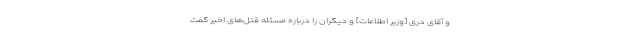
و آقاى درى [وزیر اطلاعات] و دیگران را درباره مسئله قتل‌هاى اخیر گفت